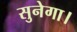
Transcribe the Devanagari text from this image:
सुनेगा।